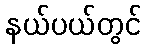
နယ်ပယ်တွင်